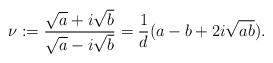
LaTeX: \begin{align*} \nu:=\frac{\sqrt{a}+i\sqrt{b}}{\sqrt{a}-i\sqrt{b}}=\frac{1}{d}(a-b+2i\sqrt{ab}).\end{align*}